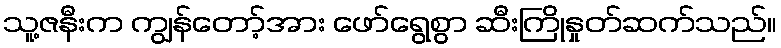
သူ့ဇနီးက ကျွန်တော့်အား ဖော်ရွေစွာ ဆီးကြိုနှုတ်ဆက်သည်။